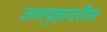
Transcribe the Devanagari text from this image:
जलपृष्ठावरील